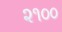
૨૧૦૦